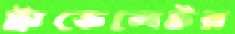
ট্রাভেলেটর